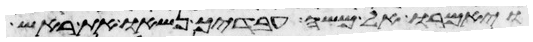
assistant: ויאמרו אל משה עבדיך נשאו את ראש